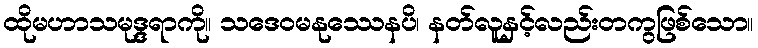
ထိုမဟာသမုဒ္ဒရာကို။ သဒေဝမနုဿေနပိ၊ နတ်လူနှင့်လည်းတကွဖြစ်သော။